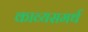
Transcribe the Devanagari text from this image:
काव्यसमर्थ